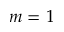
m = 1